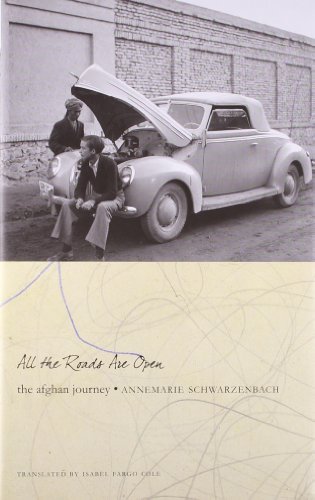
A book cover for All the Roads Are Open: The Afghan Journey (Seagull Books - The Swiss List); Annemarie Schwarzenbach; Travel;